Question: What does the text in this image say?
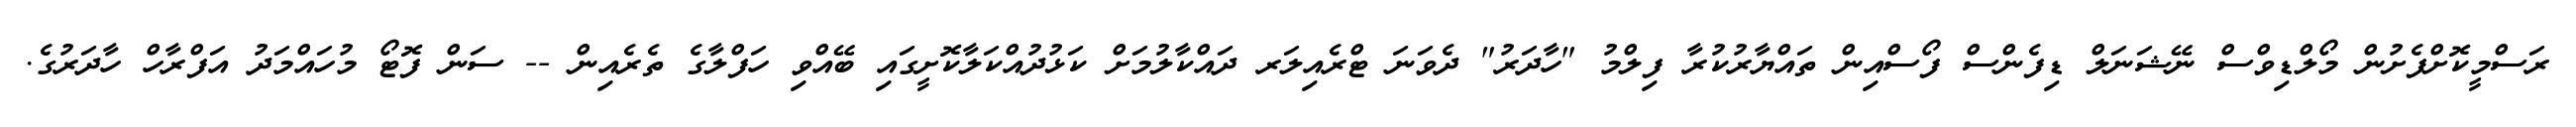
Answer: ރަސްމީކޮށްފެށުން މޯލްޑިވްސް ނޭޝަނަލް ޑިފެންސް ފޯސްއިން ތައްޔާރުކުރާ ފިލްމު "ހާދަރު" ދެވަނަ ޓްރެއިލަރ ދައްކާލުމަށް ކަޅުދުއްކަލާކޮށީގައި ބޭއްވި ހަފްލާގެ ތެރެއިން -- ސަން ފޮޓޯ މުހައްމަދު އަފްރާހް ހާދަރުގެ.